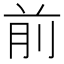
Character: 前